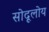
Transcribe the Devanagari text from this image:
सोदूलोय